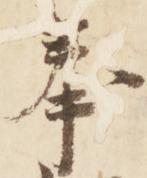
奉